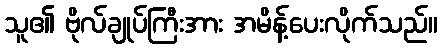
သူ၏ ဗိုလ်ချုပ်ကြီးအား အမိန့်ပေးလိုက်သည်။